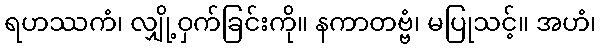
ရဟဿကံ၊ လျှို့ဝှက်ခြင်းကို။ နကာတဗ္ဗံ၊ မပြုသင့်။ အဟံ၊